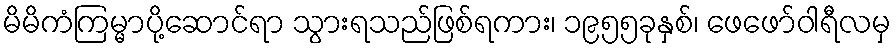
မိမိကံကြမ္မာပို့ဆောင်ရာ သွားရသည်ဖြစ်ရကား၊ ၁၉၅၅ခုနှစ်၊ ဖေဖော်ဝါရီလမှ